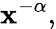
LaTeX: \mathbf{x}^{-\alpha},